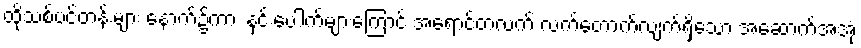
ထိုသစ်ပင်တန်းများ နောက်၌ကား နှင်းပေါက်များကြောင့် အရောင်တလက် လက်တောက်လျက်ရှိသော အဆောက်အအုံ